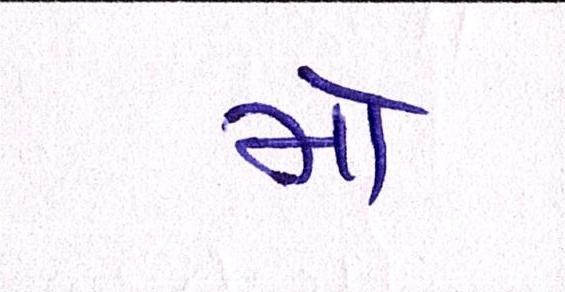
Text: મો